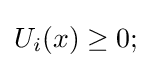
U_{i}(x)\geq 0;